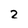
Character: 2